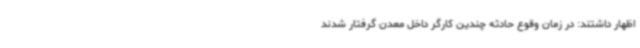
اظهار داشتند: در زمان وقوع حادثه چندین کارگر داخل معدن گرفتار شدند